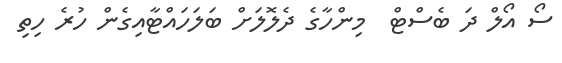
ސޯ އޯލް ދަ ބެސްޓް  މިންހާގެ ދެލޮލަށް ބަލަހައްޓާއިގެން ހުރެ ހިތި